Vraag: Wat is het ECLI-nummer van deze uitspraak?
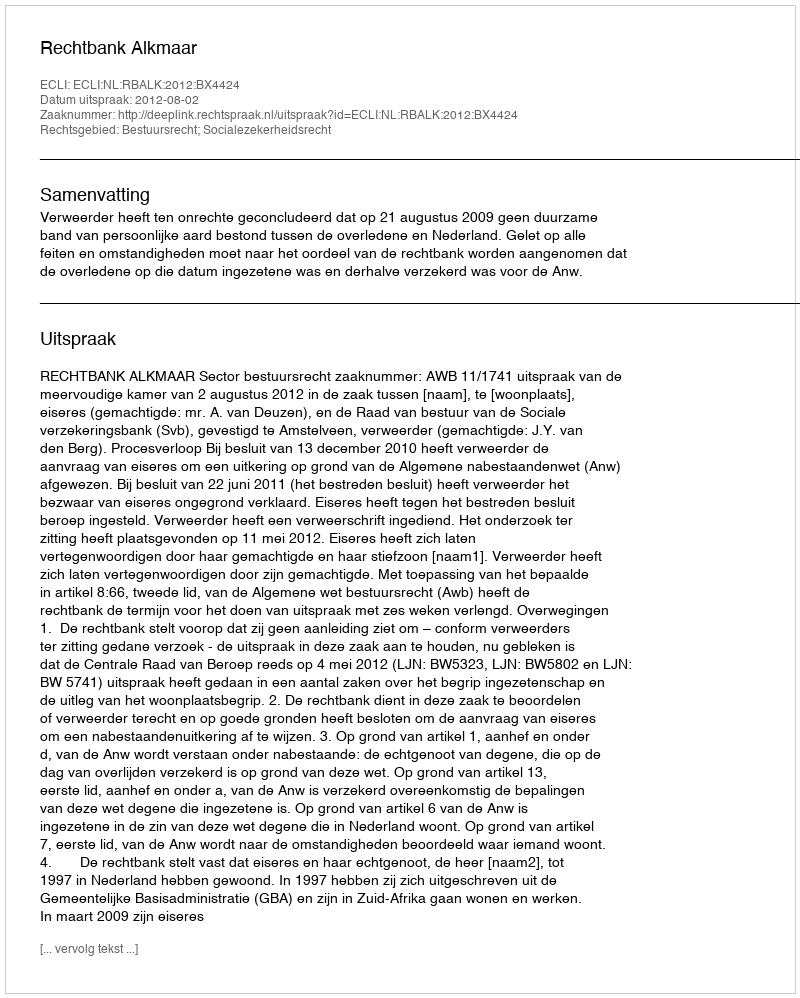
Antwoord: ECLI:NL:RBALK:2012:BX4424